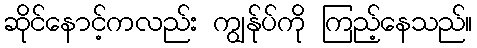
ဆိုင်နောင့်ကလည်း ကျွန်ုပ်ကို ကြည့်နေသည်။